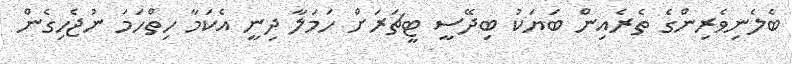
ބެލެނިވެރިންގެ ތެރެއިން ބަޔަކު ބިދޭސީ ޓީޗަރަށް ހަމަލާ ދިނީ އެކަމާ ހިތްހަމަ ނުޖެހިގެން